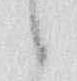
候